Annual administration and progress report of the Indian Medical Department, Bombay
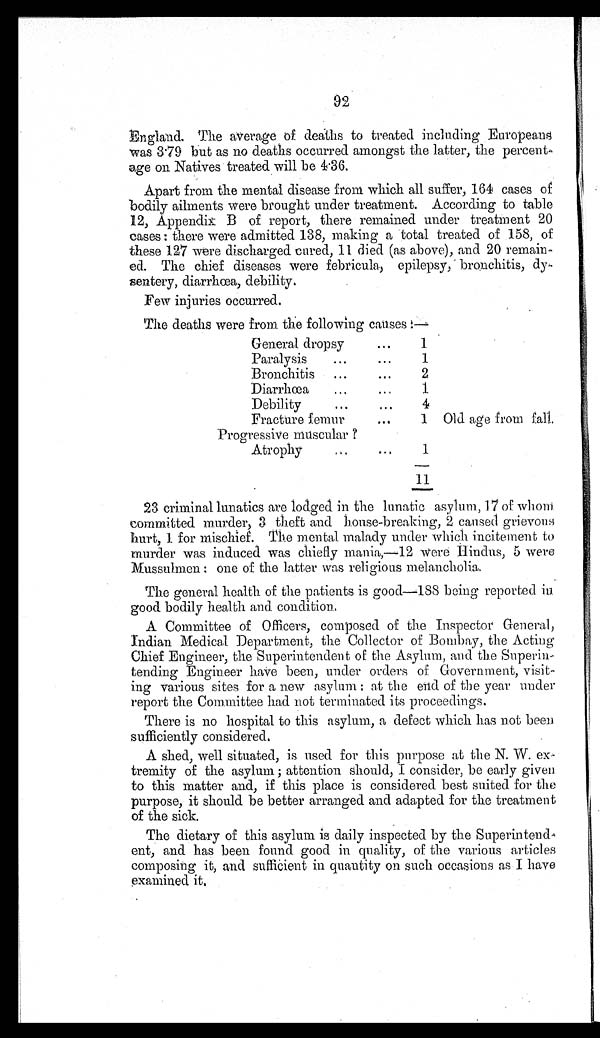
92
England. The average of deaths to treated including Europeans
was 3.79 but as no deaths occurred amongst the latter, the percent
age on Natives treated will be 4.36.
Apart from the mental disease from which all suffer, 164 cases of
bodily ailments were brought under treatment. According to table
12, Appendix B of report, there remained under treatment 20
c a s e s : t h e r e w e r e a d m i t t e d 1 3 8 , m a k i n g a t o t a l t r e a t e d o f 1 5 8 , o f
these 127 were discharged cured, 11 died (as above), and 20 remain-
ed. The chief diseases were febricula, epilepsy, bronchitis, dy
sentery, diarrhœa, debility.
Few injuries occurred.
The deaths were from the following causes :—
General dropsy
...
1
Paralysis
...
...
1
Bronchitis ...
...
2
Diarrhœa
...
...
1
Debility
. . .
...
4
Fracture femur
. . .
1 Old age from fall.
Progressive muscular ?
Atrophy ...
. . .
1
11
23 criminal lunatics are lodged in the lunatic asylum, 17 of whom
committed murder, 3 theft and house-breaking, 2 caused grievous
hurt, 1 for mischief. The mental malady under which incitement to
murder was induced was chiefly mania,—12 were Hindus, 5 were
Mussulmen : one of the latter was religious melancholia.
The general health of the patients is good—188 being reported in
good bodily health and condition..
A Committee of Officers, composed of the Inspector General,
Indian Medical Department, the Collector of Bombay, the Acting
Chief Engineer, the Superintendent of the Asylum, and the Superin-
tending Engineer have been, under orders of Government, visit-
ing various sites for a new asylum : at the end of the year under
report the Committee had not terminated its proceedings.
There is no hospital to this asylum, a defect which has not been
sufficiently considered.
A shed, well situated, is used for this purpose at the N. W. ex-
tremity of the asylum ; attention should, I consider, be early given
to this matter and, if this place is considered best suited for the
purpose, it should be better arranged and adapted for the treatment
of the sick.
The dietary of this asylum is daily inspected by the Superintend
ent, and has been found good in quality, of the various articles
composing it, and sufficient in quantity on such occasions as I have
examined it.